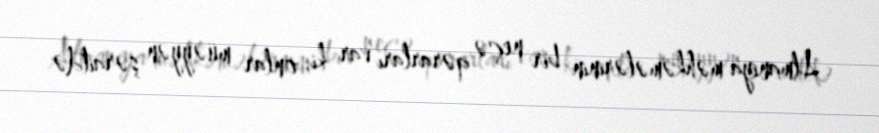
Almaniya məhkəmələrinin bir neçə qərarları var ki, onlar müəyyən şəraitdə